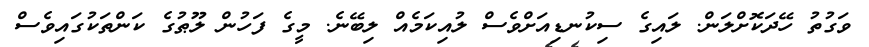
ވަގުތު ހޭދަކޮށްލަން. ލައިގެ ސިކުނޑިއަށްވެސް ލުއިކަމެއް ލިބޭނެ. މީގެ ފަހުން ލޫޠުގެ ކަންތަކުގައިވެސް